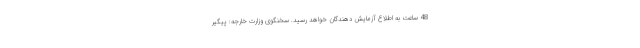
48 ساعت به اطلاع آزمایش دهندگان خواهد رسید. سخنگوی وزارت خارجه: پیگیر